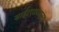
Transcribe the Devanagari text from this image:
साईटएडवाइज़र